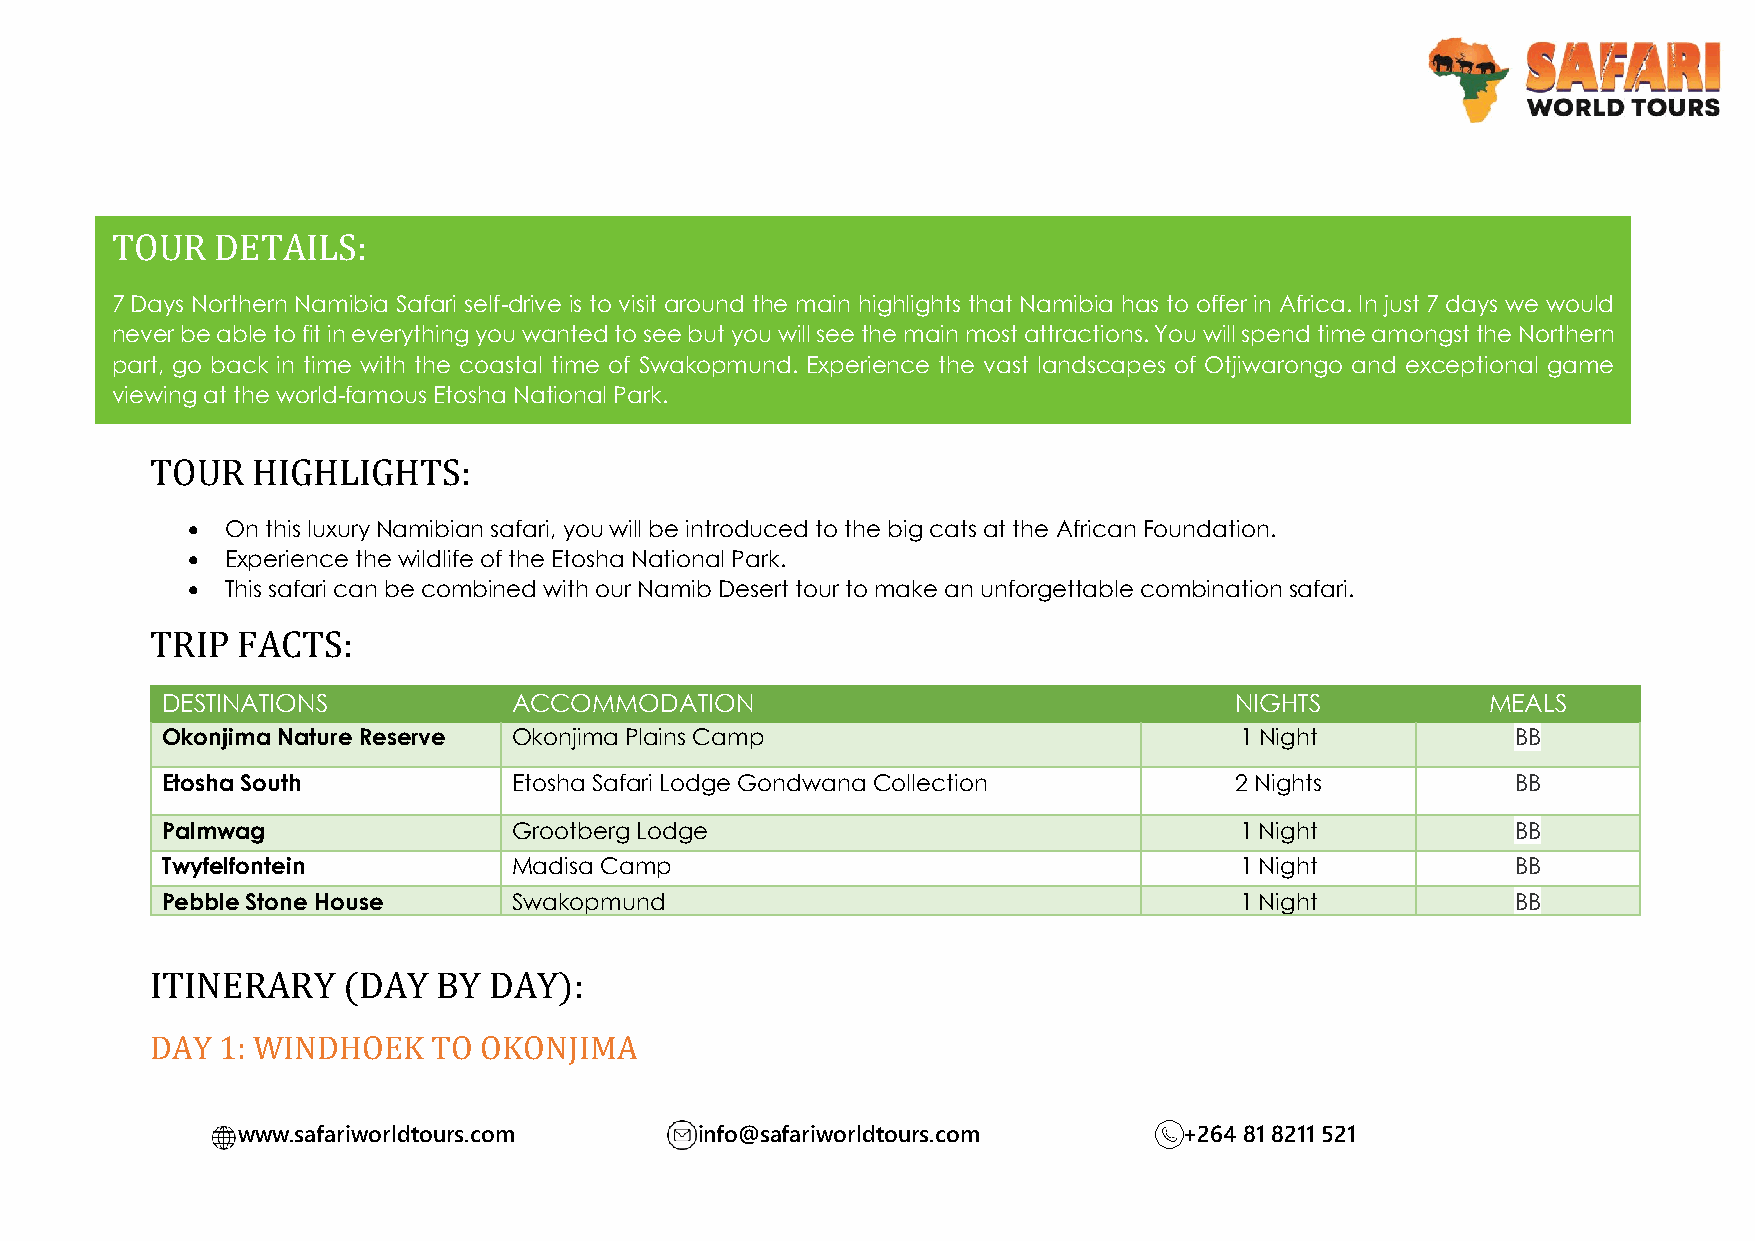
TOUR   DETAILS:
 7 Da ys Northern Namibia Safari self-drive is to visit around the main highlights that Namibia has to offer in Africa. In just 7 days we would
 never be able to fit in everything you wanted to see but you will see the main most attractions. You will spend time amongst the Northern
 part, go back in time with the coastal time of Swakopmund. Experience the vast landscapes of Otjiwarongo and exceptional game
 viewing at the world-famous Etosha National Park.
 TOUR   HIGHLIGHTS:
   On this luxury Namibian safari, you will be introduced to the big cats at the African Foundation.
   Experience the wildlife of the Etosha National Park.
   This safari can be combined with our Namib Desert tour to make an unforgettable combination safari.
 TRIP  FACTS:
 DESTINATIONS           ACCOMMODATION                                   NIGHTS          MEALS
 Okonjima Nature Reserve Okonjima Plains Camp                           1 Night           BB
 Etosha South           Etosha Safari Lodge Gondwana Collection         2 Nights          BB
 Palmwag                Grootberg Lodge                                 1 Night           BB
 Twyfelfontein          Madisa Camp                                     1 Night           BB
 Pebble Stone House     Swakopmund                                      1 Night           BB
 ITINERARY    (DAY  BY DAY):
 DAY 1: WINDHOEK    TO OKONJIMA
 www.safariworldtours.com      info@safariworldtours.com       +264 81 8211 521